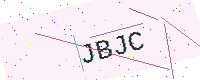
Text: JBJC